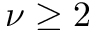
\nu \geq 2